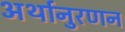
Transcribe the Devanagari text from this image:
अर्थानुरणन